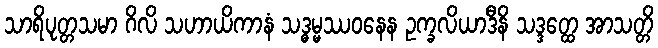
သာရိပုတ္တသမာ ဂိလိ သဟာယိကာနံ သဒ္ဓမ္မဿဝနေန ဥက္ခလိယာဒီနိ သဒ္ဒတ္ထေ အာသတ္တိ